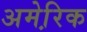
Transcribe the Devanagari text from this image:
अमेरि़क